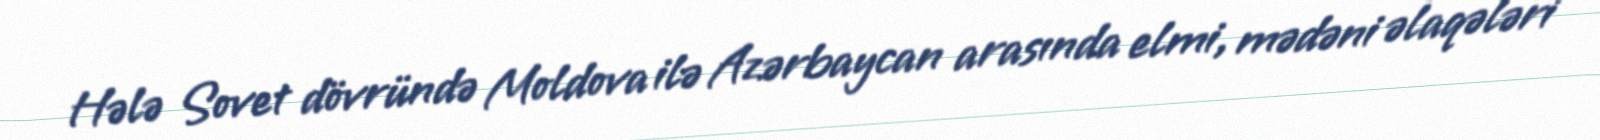
Hələ Sovet dövründə Moldova ilə Azərbaycan arasında elmi, mədəni əlaqələri